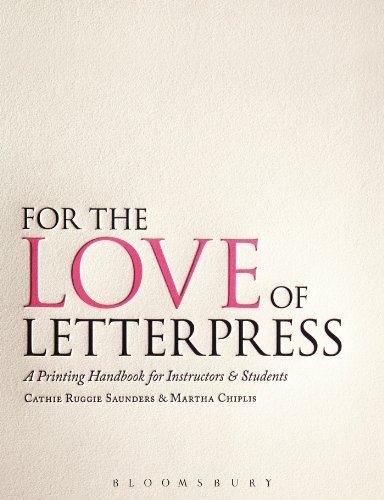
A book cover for For the Love of Letterpress: A Printing Handbook for Instructors and Students; Cathie Ruggie Saunders; Arts & Photography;